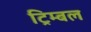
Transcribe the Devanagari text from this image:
ट्रिम्बल